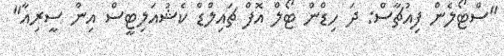
"ސްޓޯލެން ފިއުޗާސް: ދަ ހިޑްން ޓޯލް އޮފް ޗައިލްޑް ކެޝުއަލިޓީސް އިިން ސީރިއާ"